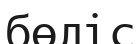
бөліс